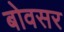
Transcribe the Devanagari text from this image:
बोवसर